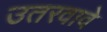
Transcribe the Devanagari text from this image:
उतरवावे